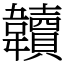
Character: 韥